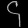
Digit: ၄